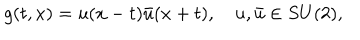
LaTeX: g ( t , x ) = u ( x - t ) \bar { u } ( x + t ) , \quad u , \bar { u } \in S U ( 2 ) ,